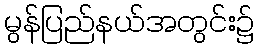
မွန်ပြည်နယ်အတွင်း၌